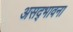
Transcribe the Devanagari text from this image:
असद्‍भावना